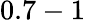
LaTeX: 0.7-1